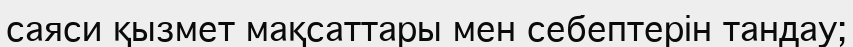
саяси қызмет мақсаттары мен себептерін тандау;